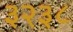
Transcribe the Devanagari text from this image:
३२३८